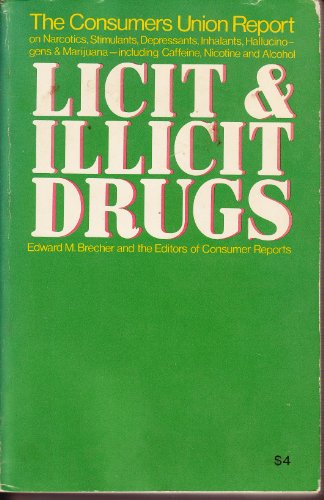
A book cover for Licit And Illicit Drugs; the Consumers Union Report on Narcotics, Stimulants, Depressants, Inhalants, Hallucinogens, And Marijuana - Including Caffeine, Nicotine And Alcohol; Edward M. Consumer Reports Books Editors; Brecher; Health, Fitness & Dieting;